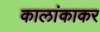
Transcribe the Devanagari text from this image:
कालांकाकर